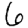
Digit: 6